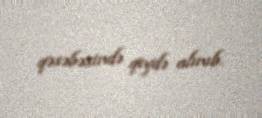
qəsəbəsində qeydə alınıb.